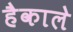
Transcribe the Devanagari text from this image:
हैकाले